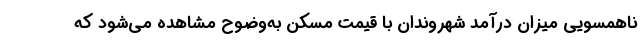
ناهمسویی میزان درآمد شهروندان با قیمت مسکن به‌وضوح مشاهده می‌شود که